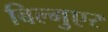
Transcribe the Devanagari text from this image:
बिल्गुएर